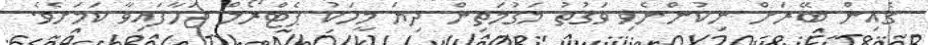
ގެއިން ބޭރަށް ނިކުންނެވި ވަގުތު މަގުމަތިން ދިޔަ މީހަކު ޕެޓްރޯލް ޖަހާފައިވާ ކަމަށެވެ.